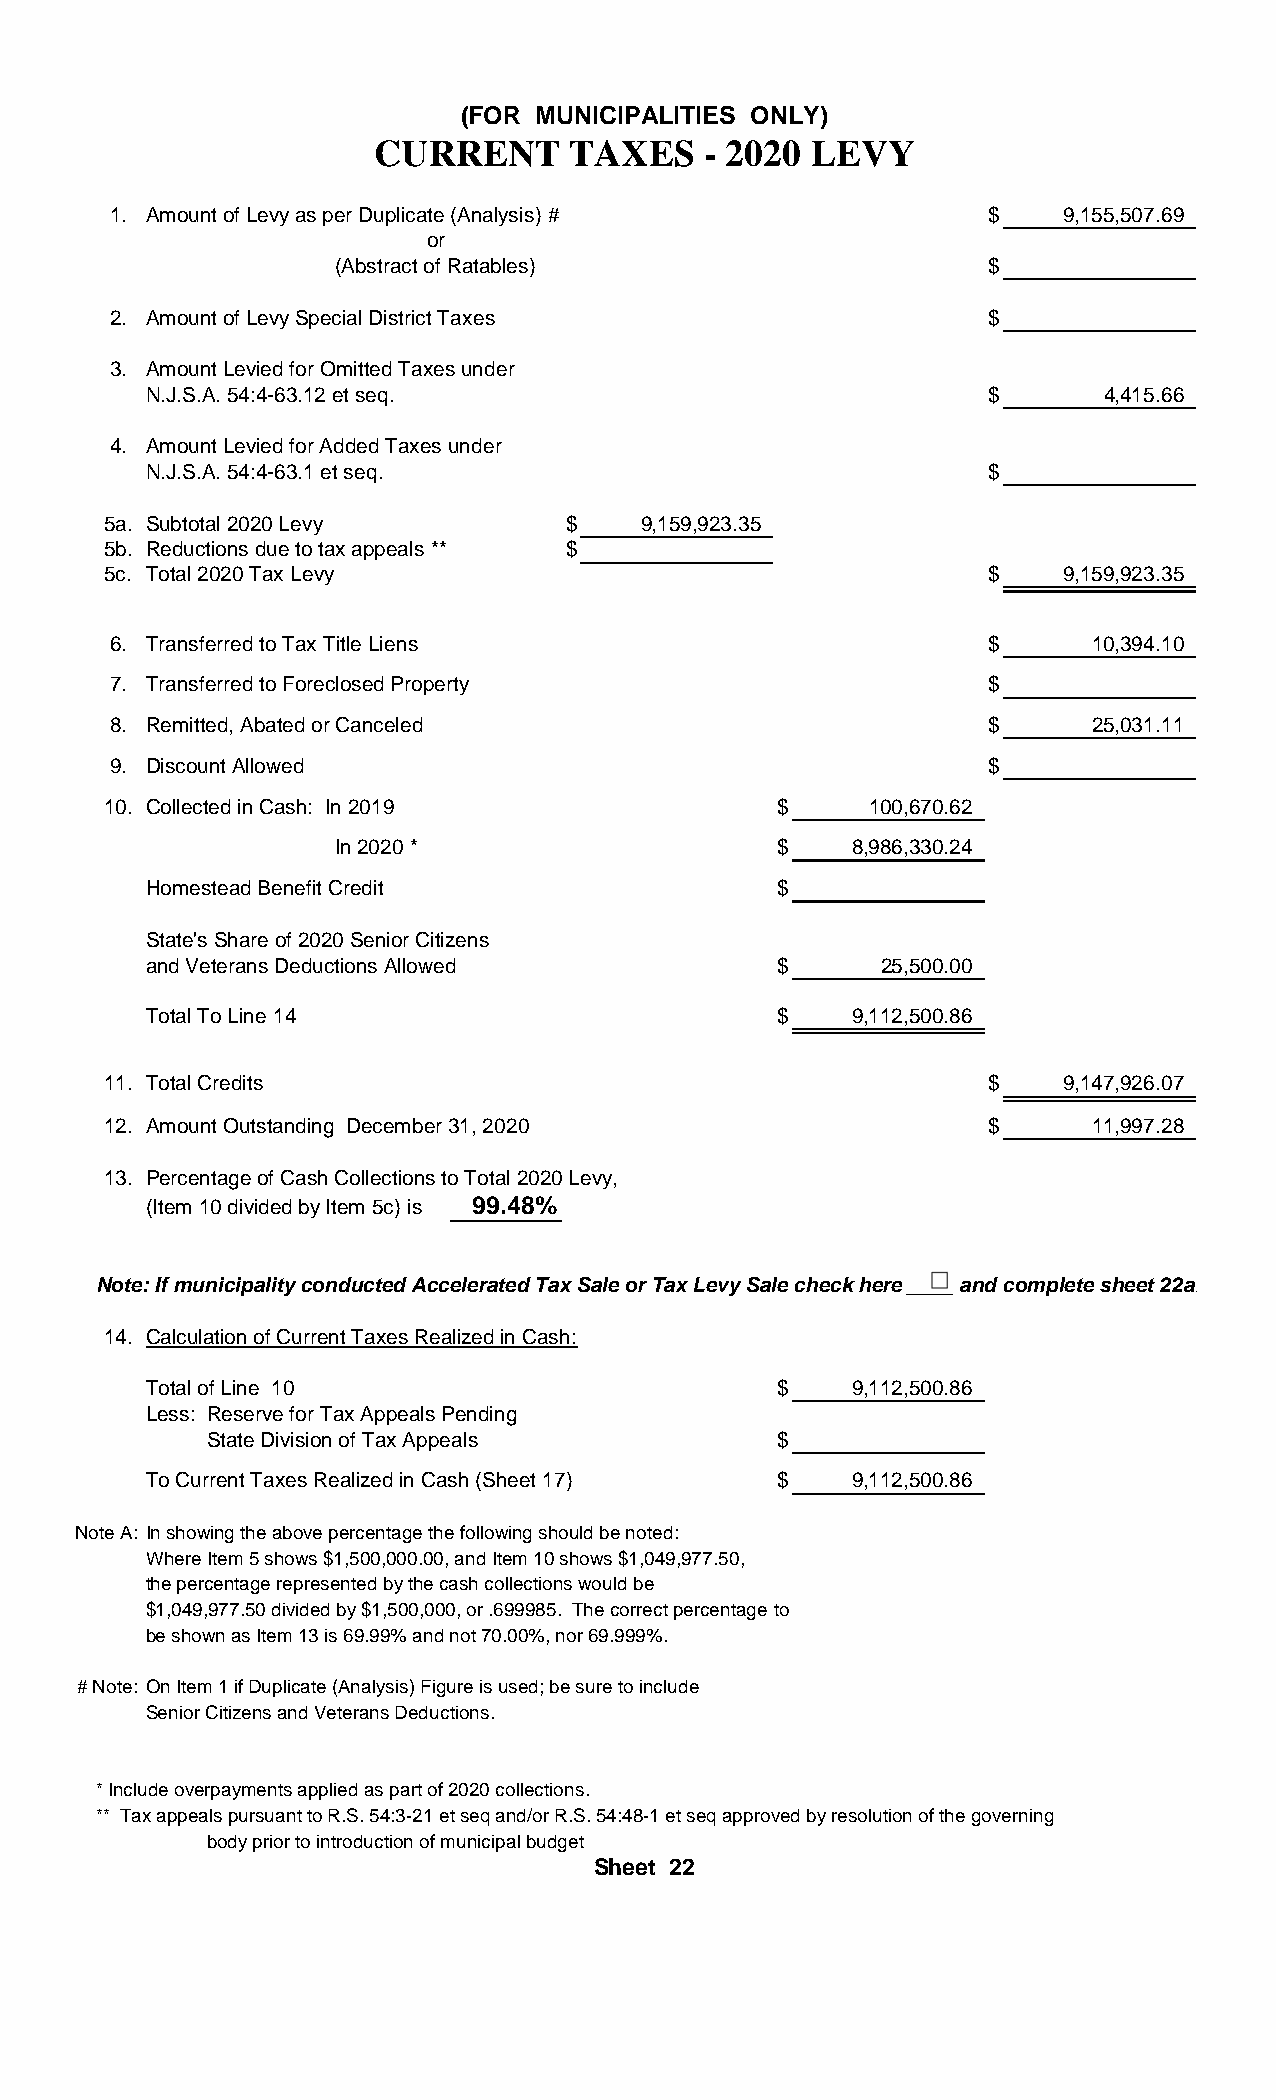
(FOR MUNICIPALITIES ONLY)
 CURRENT      TAXES    - 2020 LEVY
 1. Amount of Levy as per Duplicate (Analysis) #           $    9,155,507.69
 or
 (Abstract of Ratables)                     $
 2. Amount of Levy Special District Taxes                  $
 3. Amount Levied for Omitted Taxes under
 N.J.S.A. 54:4-63.12 et seq.                             $       4,415.66
 4. Amount Levied for Added Taxes under
 N.J.S.A. 54:4-63.1 et seq.                              $
 5a. Subtotal 2020 Levy        $    9,159,923.35
 5b. Reductions due to tax appeals ** $
 5c. Total 2020 Tax Levy                                   $    9,159,923.35
 6. Transferred to Tax Title Liens                         $      10,394.10
 7. Transferred to Foreclosed Property                     $
 8. Remitted, Abated or Canceled                           $      25,031.11
 9. Discount Allowed                                       $
 10. Collected in Cash: In 2019              $     100,670.62
 In 2020 *                    $    8,986,330.24
 Homestead Benefit Credit                  $
 State's Share of 2020 Senior Citizens
 and Veterans Deductions Allowed           $      25,500.00
 Total To Line 14                          $    9,112,500.86
 11. Total Credits                                         $    9,147,926.07
 12. Amount Outstanding December 31, 2020                  $      11,997.28
 13. Percentage of Cash Collections to Total 2020 Levy,
 (Item 10 divided by Item 5c) is 99.48%
 Note: If municipality conducted Accelerated Tax Sale or Tax Levy Sale check here ____ and complete sheet 22a.
 14. Calculation of Current Taxes Realized in Cash:
 Total of Line 10                          $    9,112,500.86
 Less: Reserve for Tax Appeals Pending
 State Division of Tax Appeals         $
 To Current Taxes Realized in Cash (Sheet 17) $ 9,112,500.86
 Note A: In showing the above percentage the following should be noted:
 Where Item 5 shows $1,500,000.00, and Item 10 shows $1,049,977.50,
 the percentage represented by the cash collections would be
 $1,049,977.50 divided by $1,500,000, or .699985. The correct percentage to
 be shown as Item 13 is 69.99% and not 70.00%, nor 69.999%.
 # Note: On Item 1 if Duplicate (Analysis) Figure is used; be sure to include
 Senior Citizens and Veterans Deductions.
 * Include overpayments applied as part of 2020 collections.
 ** Tax appeals pursuant to R.S. 54:3-21 et seq and/or R.S. 54:48-1 et seq approved by resolution of the governing
 body prior to introduction of municipal budget
 Sheet 22